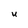
Character: U